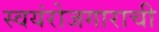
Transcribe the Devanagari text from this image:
स्वयंरोजगाराची